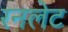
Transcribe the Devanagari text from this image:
रनलेट